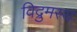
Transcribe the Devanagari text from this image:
विद्रुमस्य